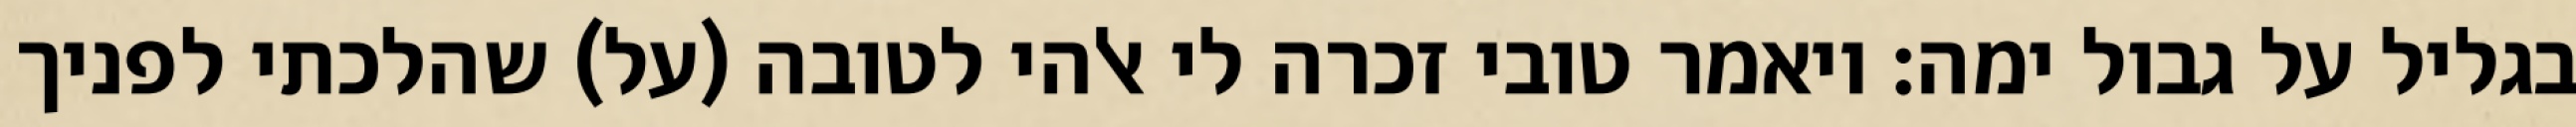
בגליל על גבול ימה: ויאמר טובי זכרה לי אלהי לטובה (על) שהלכתי לפניך